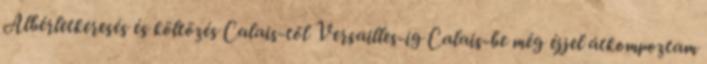
Albérletkeresés és költözés Calais-től Versailles-ig Calais-be még éjjel átkompoztam